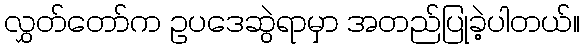
လွှတ်တော်က ဥပဒေဆွဲရာမှာ အတည်ပြုခဲ့ပါတယ်။